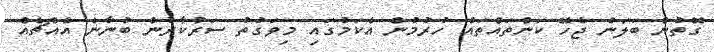
ގޮތުން ބަލަން ޖެހޭ ކަންތައްތައް ހުރުމުން އެކަމުގައި މިވަގުތު ސަރުކާރުން ބުނާނެ އެއްޗެއް